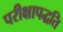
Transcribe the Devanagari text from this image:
परीक्षापद्धति